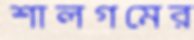
শালগমের